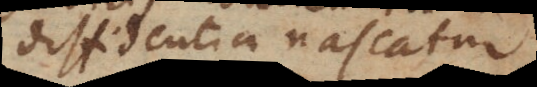
diffidentia nascatur.